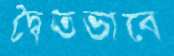
দ্বৈতভাবে